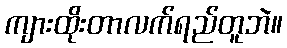
ကျားထိုးတာလက်ရည်တူဘဲ။